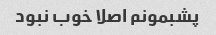
پشبمونم اصلا خوب نبود